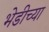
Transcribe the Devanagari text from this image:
भेडीच्या